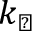
k _ { \perp }